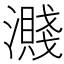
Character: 濺